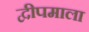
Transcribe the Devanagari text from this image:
द्वीपमाला